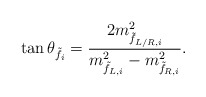
\begin{align*} \tan \theta_{\tilde{f}_i} = \frac{2 m_{\tilde{f}_{L/R,i}}^2}{m_{\tilde{f}_{L,i}}^2 - m_{\tilde{f}_{R,i}}^2}.\end{align*}